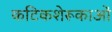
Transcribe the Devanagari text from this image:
कटिकशेरूकाओं